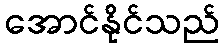
အောင်နိုင်သည်